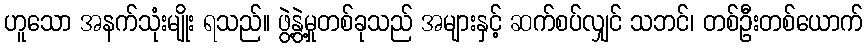
ဟူသော အနက်သုံးမျိုး ရသည်။ ဖွဲ့နွဲ့မှုတစ်ခုသည် အများနှင့် ဆက်စပ်လျှင် သဘင်၊ တစ်ဦးတစ်ယောက်